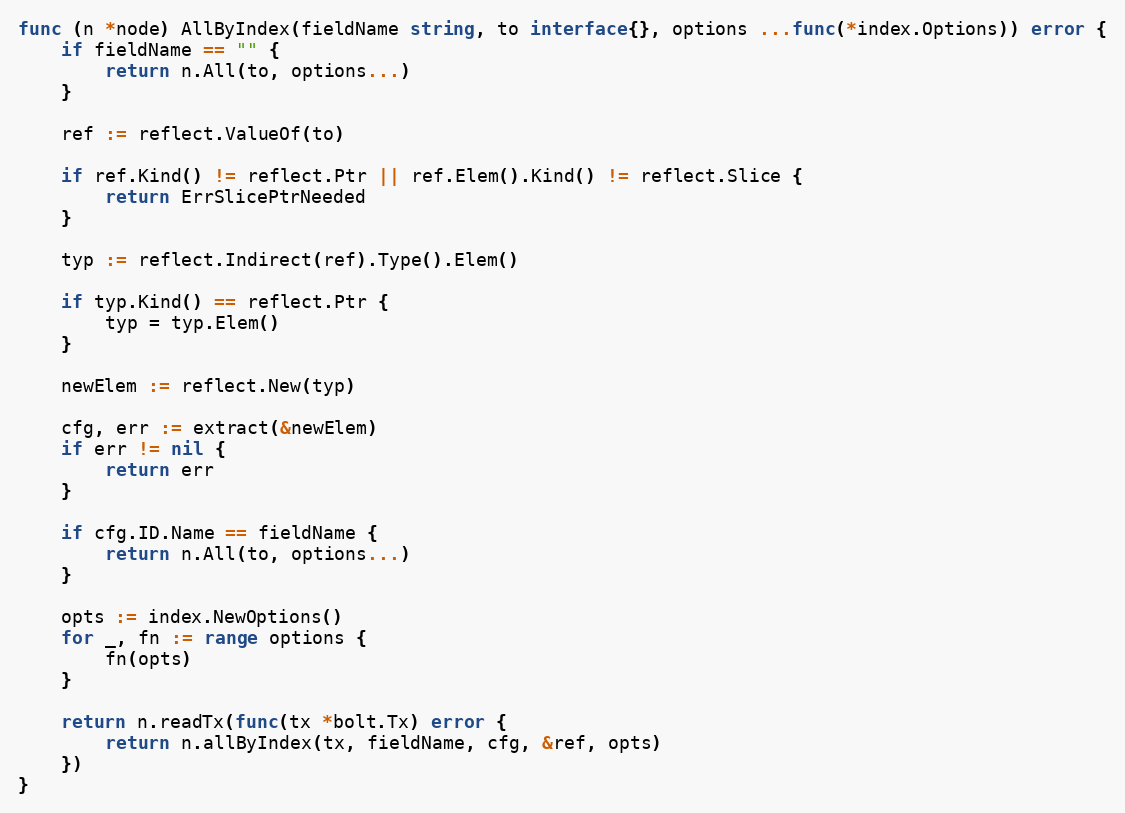
Language: Go
func (n *node) AllByIndex(fieldName string, to interface{}, options ...func(*index.Options)) error {
	if fieldName == "" {
		return n.All(to, options...)
	}

	ref := reflect.ValueOf(to)

	if ref.Kind() != reflect.Ptr || ref.Elem().Kind() != reflect.Slice {
		return ErrSlicePtrNeeded
	}

	typ := reflect.Indirect(ref).Type().Elem()

	if typ.Kind() == reflect.Ptr {
		typ = typ.Elem()
	}

	newElem := reflect.New(typ)

	cfg, err := extract(&newElem)
	if err != nil {
		return err
	}

	if cfg.ID.Name == fieldName {
		return n.All(to, options...)
	}

	opts := index.NewOptions()
	for _, fn := range options {
		fn(opts)
	}

	return n.readTx(func(tx *bolt.Tx) error {
		return n.allByIndex(tx, fieldName, cfg, &ref, opts)
	})
}